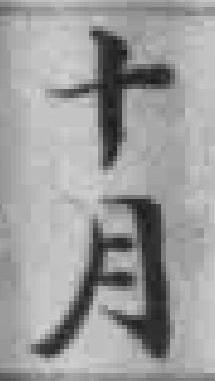
十月